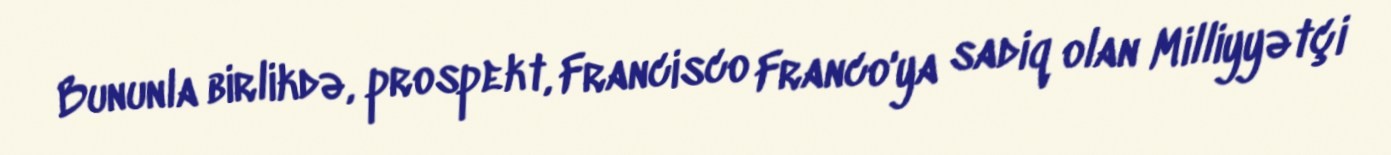
Bununla birlikdə, prospekt, Francisco Franco'ya sadiq olan Milliyyətçi